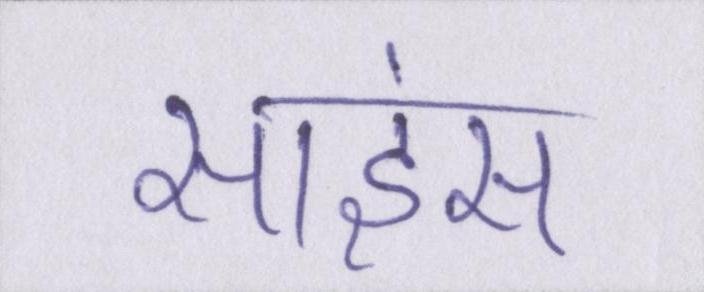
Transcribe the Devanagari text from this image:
साइंस